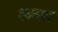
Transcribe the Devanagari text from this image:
श्क्वाता